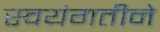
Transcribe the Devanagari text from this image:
स्वयंगतीने